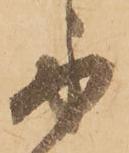
示